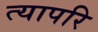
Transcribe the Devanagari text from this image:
त्यापरि